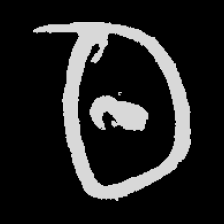
Pyu character \u2014 Myanmar letter: ထ (romanized: tha)